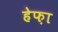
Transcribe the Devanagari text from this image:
हेफ़ा